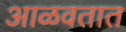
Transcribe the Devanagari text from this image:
आळवतात